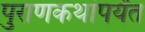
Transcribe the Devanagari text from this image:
पुराणकथांपर्यंत